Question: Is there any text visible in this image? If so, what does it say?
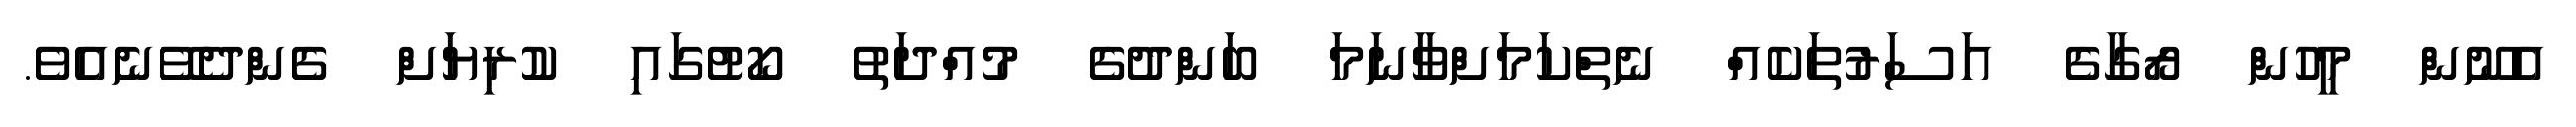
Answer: އެނޫން މީހުން ރޯގާގެ އަސަރުތަކެއް ނެތްކަމަށްވާނަމަ ބަންދުގެ މުއްދަތު ކޯޓުގައި ކުރިޔަށް ގެންދެވޭނެއެވެ.